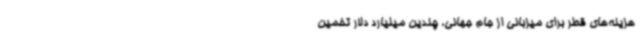
هزینه‌های قطر برای میزبانی از جام‌ جهانی، چندین میلیارد دلار تخمین